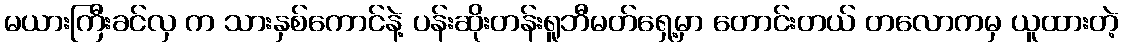
မယားကြီးခင်လှ က သားနှစ်ကောင်နဲ့ ပန်းဆိုးတန်းရူဘီမတ်ရှေ့မှာ တောင်းတယ် တလောကမှ ယူထားတဲ့